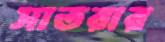
সাতরার